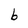
Character: b